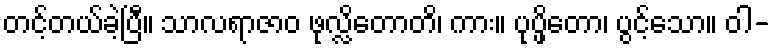
တင့်တယ်ခဲ့ပြီ။ သာလရာဇာဝ ဖုလ္လိတောတိ၊ ကား။ ပုပ္ဖိတော၊ ပွင့်သော။ ဝါ-